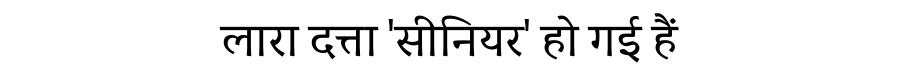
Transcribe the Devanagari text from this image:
लारा दत्ता 'सीनियर' हो गई हैं